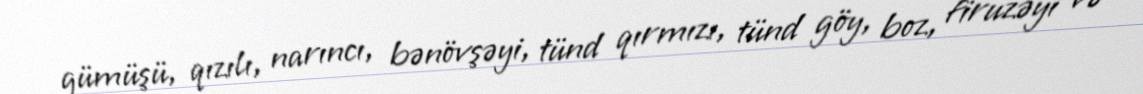
gümüşü, qızılı, narıncı, bənövşəyi, tünd qırmızı, tünd göy, boz, firuzəyi və